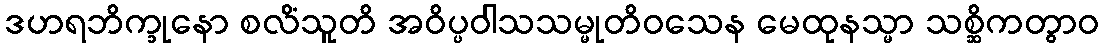
ဒဟရဘိက္ခုနော စလိံသူတိ အဝိပ္ပဝါသသမ္မုတိဝသေန မေထုနသ္မာ သစ္ဆိကတွာဝ